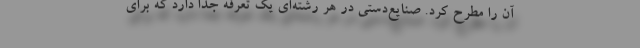
آن را مطرح کرد. صنایع‌دستی در هر رشته‌ای یک تعرفه جدا دارد که برای